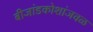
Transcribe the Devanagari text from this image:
बीजांडकोशांजवळ